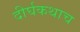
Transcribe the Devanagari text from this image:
दीर्घकथाच